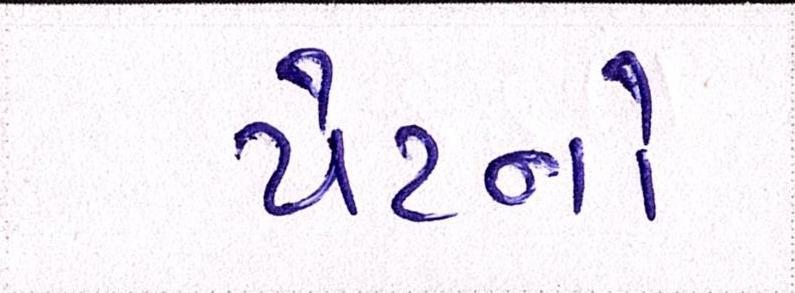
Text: પેટનો